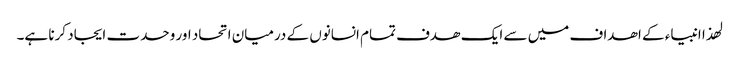
لھذا انبیاء کے اھداف میں سے ایک ھدف تمام انسانوں کے درمیان اتحاد اور وحدت ایجاد کرنا ہے۔